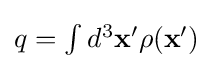
{\textstyle q=\int d^{3}\mathbf {x'} \rho (\mathbf {x'} )}